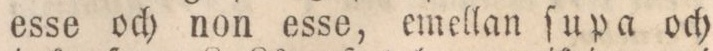
esse och non esse, emellan ſupa och